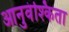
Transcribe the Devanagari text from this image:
आनुवंश्किता